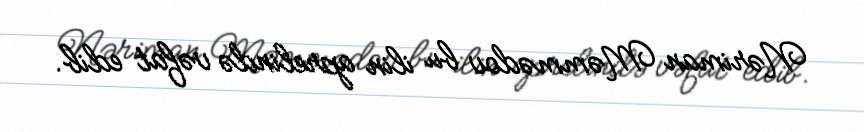
Nəriman Məmmədov bu ilin aprelində vəfat edib.